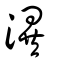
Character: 潩